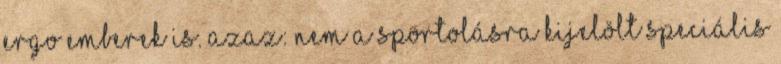
ergo emberek is. Azaz: nem a sportolásra kijelölt speciális